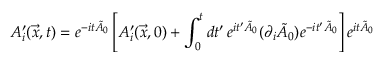
A _ { i } ^ { \prime } ( \vec { x } , t ) = e ^ { - i t \tilde { A } _ { 0 } } \left[ A _ { i } ^ { \prime } ( \vec { x } , 0 ) + \int _ { 0 } ^ { t } d t ^ { \prime } \, e ^ { i t ^ { \prime } \tilde { A } _ { 0 } } ( \partial _ { i } \tilde { A } _ { 0 } ) e ^ { - i t ^ { \prime } \tilde { A } _ { 0 } } \right] e ^ { i t \tilde { A } _ { 0 } }